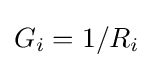
G_{i}=1/R_{i}